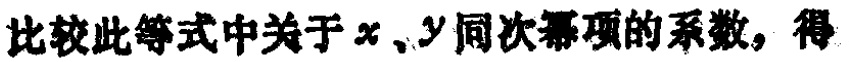
比较此等式中关于\(x\)、\(y\)同次幂项的系数，得